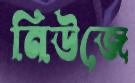
নিউজে